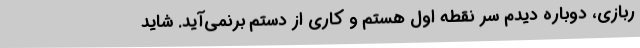
ربازی، دوباره دیدم سر نقطه اول هستم و کاری از دستم برنمی‌آید. شاید